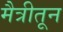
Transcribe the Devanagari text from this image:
मैत्रीतून